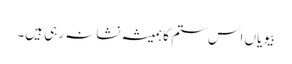
بیویاں اس ستم کا ہمیشہ نشانہ رہی ہیں۔